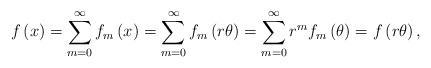
\begin{align*} f\left( x\right) =\sum_{m=0}^{\infty }f_{m}\left( x\right)=\sum_{m=0}^{\infty }f_{m}\left( r\theta \right) =\sum_{m=0}^{\infty}r^{m}f_{m}\left( \theta \right) =f\left( r\theta \right),\end{align*}